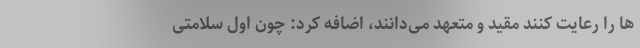
ها را رعایت کنند مقید و متعهد می‌دانند، اضافه کرد: چون اول سلامتی